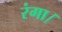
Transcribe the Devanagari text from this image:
रंगा।